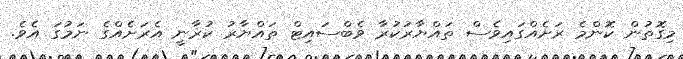
މިގޮތުން ކޮންމެ ރަށެއްގައިވެސް ތައްޔާރުކުރާ ވެބްސައިޓް ތައްޔާރު ކުރާނީ އެރަށެއްގެ ނަމުގަ އެވެ.